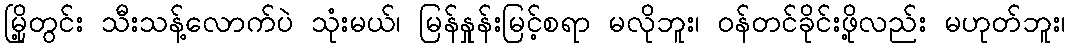
မြို့တွင်း သီးသန့်လောက်ပဲ သုံးမယ်၊ မြန်နှုန်းမြင့်စရာ မလိုဘူး၊ ဝန်တင်ခိုင်းဖို့လည်း မဟုတ်ဘူး၊